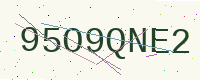
Text: 95O9QNE2